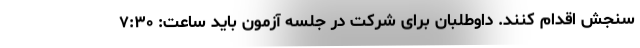
سنجش اقدام کنند. داوطلبان برای شرکت در جلسه آزمون باید ساعت: ۷:۳۰